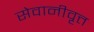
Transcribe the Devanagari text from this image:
सेवानीवृत्त